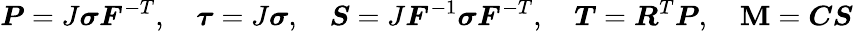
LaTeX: {\boldsymbol{P}}=J{\boldsymbol{\sigma}}{\boldsymbol{F}}^{-T},\quad{\boldsymbol{\tau}}=J{\boldsymbol{\sigma}},\quad{\boldsymbol{S}}=J{\boldsymbol{F}}^{-1}{\boldsymbol{\sigma}}{\boldsymbol{F}}^{-T},\quad{\boldsymbol{T}}={\boldsymbol{R}}^{T}{\boldsymbol{P}},\quad{\boldsymbol{\mathbf{M}}}={\boldsymbol{C}}{\boldsymbol{S}}